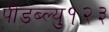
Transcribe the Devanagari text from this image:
पीडब्ल्यु१२३